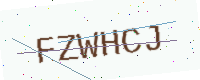
Text: FZWHCJ